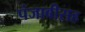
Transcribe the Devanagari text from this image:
पंजाबीसह